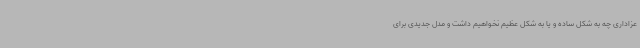
عزاداری چه به شکل ساده و یا به شکل عظیم نخواهیم داشت و مدل جدیدی برای